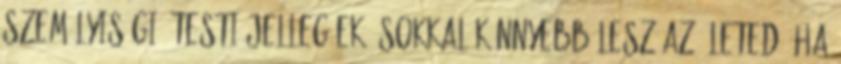
személyiségi, testi jellegűek, sokkal könnyebb lesz az életed, ha